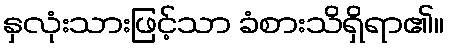
နှလုံးသားဖြင့်သာ ခံစားသိရှိရာ၏။